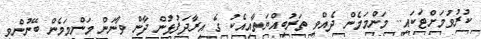
ކުރުވުމަށްޓަކައި.. މަންމަމެން ދެއްވި ތަރުބިއްޔަތާއިއެކު ގެ އިރާދަފުޅުން ދާން ވާނަން މަންމަމެން ބޭނުންވި